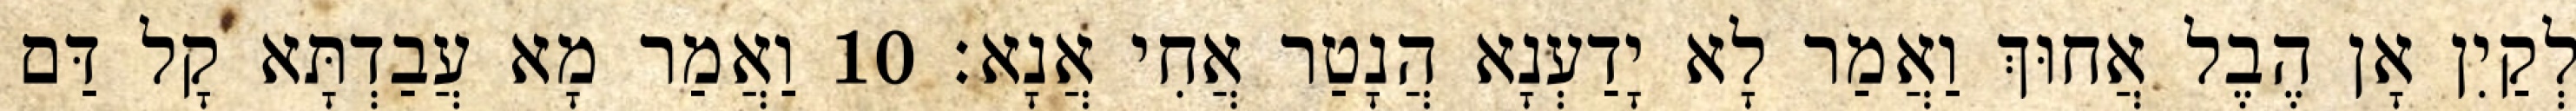
לְקַיִן אָן הֶבֶל אֲחוּךְ וַאֲמַר לָא יָדַעְנָא הֲנָטַר אֲחִי אֲנָא׃ 10 וַאֲמַר מָא עֲבַדְתָּא קָל דַּם